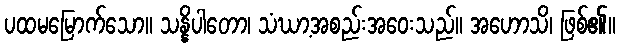
ပထမမြောက်သော။ သန္နိပါတော၊ သံဃာ့အစည်းအဝေးသည်။ အဟောသိ၊ ဖြစ်၏။